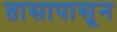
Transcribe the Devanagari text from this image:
तासापासून